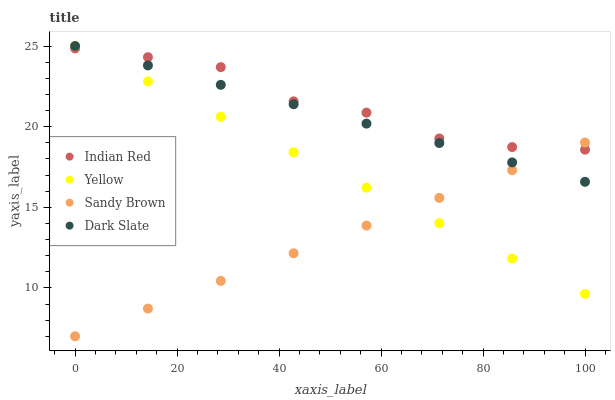
| xaxis_label | Indian Red | Yellow | Sandy Brown | Dark Slate |
 | --- | --- | --- | --- | --- |
 | 0 | 24.9 | 25 | 7 | 25 |
 | 14.3 | 24.3 | 22.8 | 8.72 | 23.8 |
 | 28.6 | 23.7 | 20.6 | 10.4 | 22.6 |
 | 42.9 | 21.6 | 18.4 | 12.1 | 21.4 |
 | 57.1 | 20.9 | 16.2 | 13.9 | 20.2 |
 | 71.4 | 19.3 | 14 | 15.6 | 19 |
 | 85.7 | 18.7 | 11.8 | 17.3 | 17.8 |
 | 100 | 18.6 | 9.63 | 19 | 16.6 |